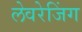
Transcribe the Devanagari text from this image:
लेवरेजिंग